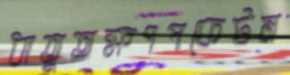
ধাতুতক্ষণপকেটম